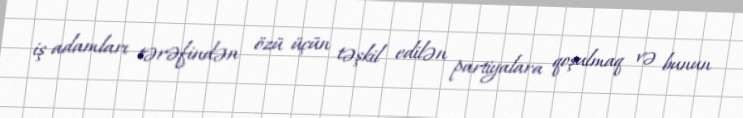
iş adamları tərəfindən özü üçün təşkil edilən partiyalara qoşulmaq və bunun